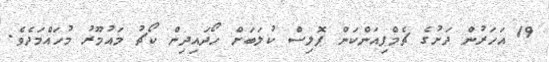
19 އަހަރުން ދަށުގެ ޗެމްޕިއަންކަން ޕޮލިސް ކުލަބަށް ހޯދައިދިން ކޯޗު މައުމޫރު މުހައްމަދެވެ.